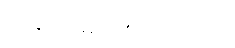
ငါ့အရင် မင်းကပြောကွယ်